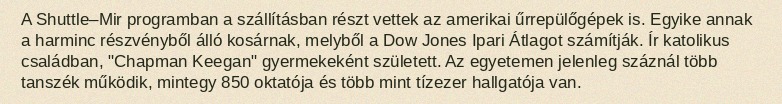
A Shuttle–Mir programban a szállításban részt vettek az amerikai űrrepülőgépek is. Egyike annak a harminc részvényből álló kosárnak, melyből a Dow Jones Ipari Átlagot számítják. Ír katolikus családban, "Chapman Keegan" gyermekeként született. Az egyetemen jelenleg száznál több tanszék működik, mintegy 850 oktatója és több mint tízezer hallgatója van.